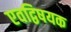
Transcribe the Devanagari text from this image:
एवद्विषयक